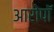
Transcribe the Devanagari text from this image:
आरोपॉ